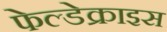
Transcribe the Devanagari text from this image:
फेल्डेक्राइस